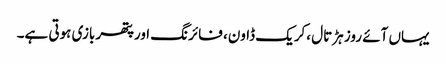
یہاں آئے روز ہڑتال ،کریک ڈاون، فائرنگ اورپتھر بازی ہوتی ہے۔